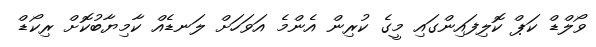
ވޯލްޑް ކަޕް ކޮލިފައިންގައި މީގެ ކުރިން އެންމެ އަވަހަށް ލަނޑެއް ކާމިޔާބުކޮށް ރިކޯޑް